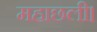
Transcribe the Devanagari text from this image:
महाछली।